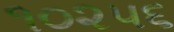
૧૦૨૫૬